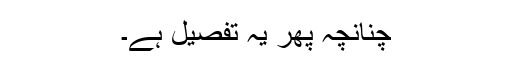
چنانچہ پھر یہ تفصیل ہے۔